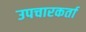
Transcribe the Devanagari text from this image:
उपचारकर्ता